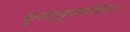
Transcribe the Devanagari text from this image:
कूजानुकृतकोकिलः।